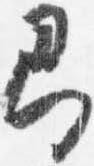
即